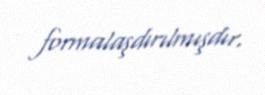
formalaşdırılmışdır.